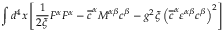
\int d ^ { 4 } x \left[ \frac { 1 } { 2 \xi } F ^ { \alpha } F ^ { \alpha } - \overline { { { c } } } ^ { \alpha } M ^ { \alpha \beta } c ^ { \beta } - g ^ { 2 } \xi \left( \overline { { { c } } } ^ { \alpha } \varepsilon ^ { \alpha \beta } c ^ { \beta } \right) ^ { 2 } \right]